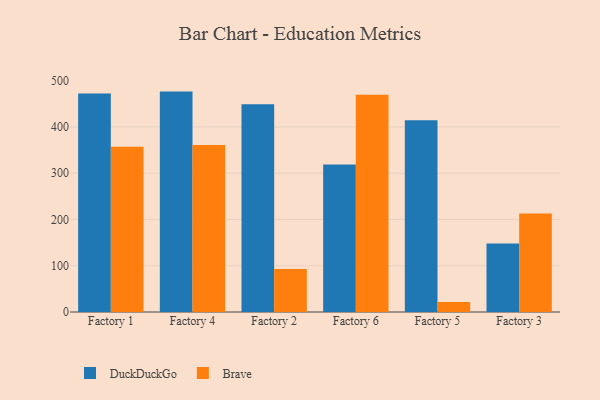
{"axis": {"x": "Factory", "y": "Production Output"}, "legend": ["Brave", "DuckDuckGo"], "data": [{"x": "Factory 1", "y": 472.3, "type": "DuckDuckGo"}, {"x": "Factory 1", "y": 357.1, "type": "Brave"}, {"x": "Factory 4", "y": 476.3, "type": "DuckDuckGo"}, {"x": "Factory 4", "y": 361.0, "type": "Brave"}, {"x": "Factory 2", "y": 448.9, "type": "DuckDuckGo"}, {"x": "Factory 2", "y": 93.0, "type": "Brave"}, {"x": "Factory 6", "y": 318.8, "type": "DuckDuckGo"}, {"x": "Factory 6", "y": 469.5, "type": "Brave"}, {"x": "Factory 5", "y": 414.2, "type": "DuckDuckGo"}, {"x": "Factory 5", "y": 21.8, "type": "Brave"}, {"x": "Factory 3", "y": 148.2, "type": "DuckDuckGo"}, {"x": "Factory 3", "y": 213.0, "type": "Brave"}]}